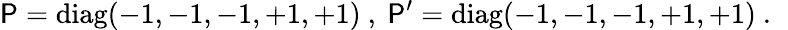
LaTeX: \mathsf{P}=\mathrm{{diag}}(-1,-1,-1,+1,+1)~,~\mathsf{P}^{\prime}=\mathrm{{diag}}(-1,-1,-1,+1,+1)~.~\,